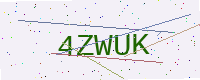
Text: 4ZWUK